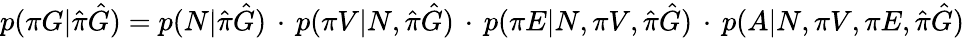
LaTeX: \begin{array}{r}{p(\pi G|\hat{\pi}\hat{G})=p(N|\hat{\pi}\hat{G})\, \cdot\, p(\pi V|N,\hat{\pi}\hat{G})\, \cdot\, p(\pi E|N,\pi V,\hat{\pi}\hat{G})\, \cdot\, p(A|N,\pi V,\pi E,\hat{\pi}\hat{G})}\end{array}